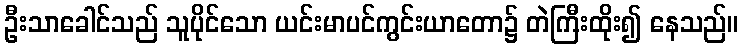
ဦးသာခေါင်သည် သူပိုင်သော ယင်းမာပင်ကွင်းယာတော၌ တဲကြီးထိုး၍ နေသည်။